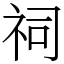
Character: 祠